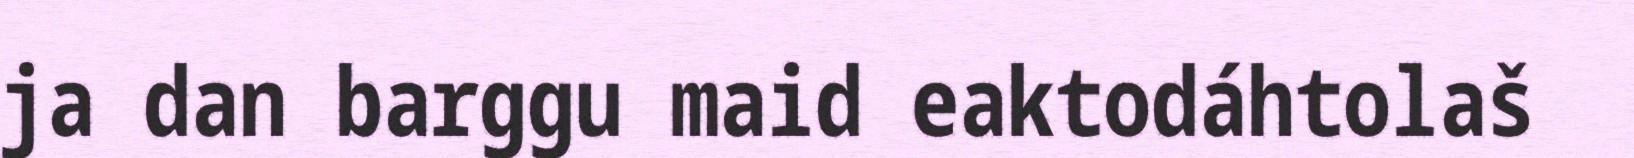
ja dan barggu maid eaktodáhtolaš